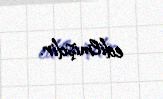
edilmişdir.